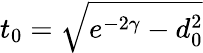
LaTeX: t_{0}=\sqrt{e^{-2\gamma}-d_{0}^{2}}